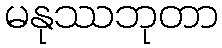
မနုဿဘုတာ